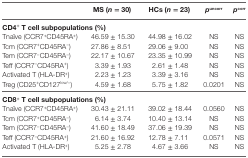
<table><thead><tr><td></td><td><b>MS (<i>n</i> = 30)</b></td><td><b>HCs (<i>n</i> = 23)</b></td><td><b><i>p</i><sup>uncorr</sup></b></td><td><b><i>p</i><sup>corr</sup></b></td></tr></thead><tbody><tr><td colspan="5"><b>CD4<sup>+</sup> T cell subpopulations (%)</b></td></tr><tr><td>Tnaïve (CCR7<sup>+</sup>CD45RA<sup>+</sup>)</td><td>46.59 ± 15.30</td><td>44.98 ± 16.02</td><td>NS</td><td>NS</td></tr><tr><td>Tcm (CCR7<sup>+</sup>CD45RA<sup>−</sup>)</td><td>27.86 ± 8.51</td><td>29.06 ± 9.00</td><td>NS</td><td>NS</td></tr><tr><td>Tem (CCR7<sup>−</sup>CD45RA<sup>−</sup>)</td><td>22.17 ± 10.67</td><td>23.35 ± 10.99</td><td>NS</td><td>NS</td></tr><tr><td>Teff (CCR7<sup>−</sup>CD45RA<sup>+</sup>)</td><td>3.39 ± 1.93</td><td>2.61 ± 1.48</td><td>NS</td><td>NS</td></tr><tr><td>Activated T (HLA-DR<sup>+</sup>)</td><td>2.23 ± 1.23</td><td>3.39 ± 3.16</td><td>NS</td><td>NS</td></tr><tr><td>Treg (CD25<sup>+</sup>CD127<sup>low/−</sup>)</td><td>4.59 ± 1.68</td><td>5.75 ± 1.82</td><td>0.0201</td><td>NS</td></tr><tr><td colspan="5"><b>CD8<sup>+</sup> T cell subpopulations (%)</b></td></tr><tr><td>Tnaïve (CCR7<sup>+</sup>CD45RA<sup>+</sup>)</td><td>30.43 ± 21.11</td><td>39.02 ± 18.44</td><td>0.0560</td><td>NS</td></tr><tr><td>Tcm (CCR7<sup>+</sup>CD45RA<sup>−</sup>)</td><td>6.14 ± 3.74</td><td>10.40 ± 13.14</td><td>NS</td><td>NS</td></tr><tr><td>Tem (CCR7<sup>−</sup>CD45RA<sup>−</sup>)</td><td>41.60 ± 18.49</td><td>37.06 ± 19.39</td><td>NS</td><td>NS</td></tr><tr><td>Teff (CCR7<sup>−</sup>CD45RA<sup>+</sup>)</td><td>21.60 ± 16.92</td><td>12.78 ± 7.11</td><td>0.0571</td><td>NS</td></tr><tr><td>Activated T (HLA-DR<sup>+</sup>)</td><td>5.25 ± 2.78</td><td>4.67 ± 3.66</td><td>NS</td><td>NS</td></tr></tbody></table>